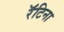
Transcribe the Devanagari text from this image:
रॅटिना